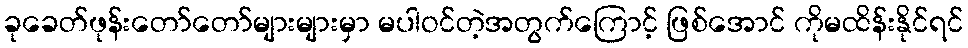
ခုခေတ်ဖုန်းတော်တော်များများမှာ မပါဝင်တဲ့အတွက်ကြောင့် ဖြစ်အောင် ကိုမထိန်းနိုင်ရင်